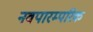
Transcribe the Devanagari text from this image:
नवपारम्परिक